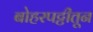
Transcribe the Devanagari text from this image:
बोहरपट्टीतून